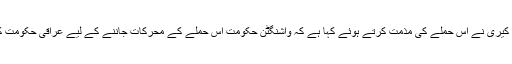
امریکی وزیر خارجہ جان کیری نے اس حملے کی مذمت کرتے ہوئے کہا ہے کہ واشنگٹن حکومت اس حملے کے محرکات جاننے کے لیے عراقی حکومت کے ساتھ رابطے میں ہے۔